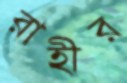
রাহীর